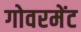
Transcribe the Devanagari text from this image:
गोवरमेंट